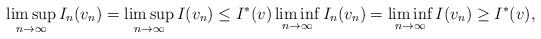
LaTeX: \begin{align*} \limsup_{n \to \infty} I_n(v_n) = \limsup_{n \to \infty} I(v_n) \leq I^\ast(v) \liminf_{n \to \infty} I_n(v_n) = \liminf_{n \to \infty} I(v_n) \geq I^\ast(v),\end{align*}